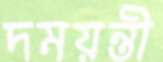
দময়ন্তী